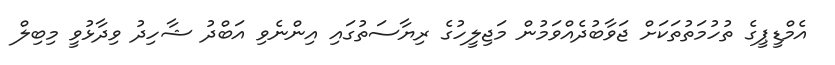
އެމްޑީޕީގެ ތުހުމަތުތަކަށް ޖަވާބުދެއްވަމުން މަޖިލީހުގެ ރިޔާސަތުގައި އިންނެވި އަބްދު ޝާހިދު ވިދާޅުވީ މިބިލް